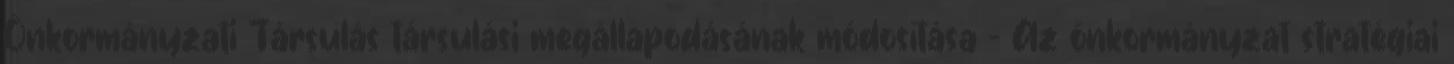
Önkormányzati Társulás társulási megállapodásának módosítása - Az önkormányzat stratégiai